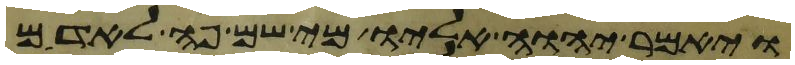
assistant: ויאמר יהוה אליו מי שם פה לאדם